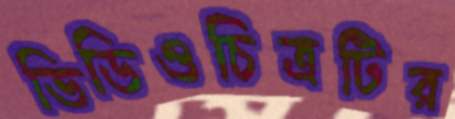
ভিডিওচিত্রটির